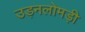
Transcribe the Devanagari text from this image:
उड़नलोमड़ी